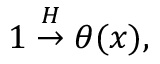
1 \stackrel { { \cal H } } { \rightarrow } \theta ( x ) ,